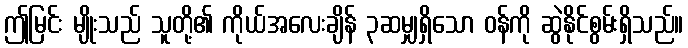
ဤမြင်း မျိုးသည် သူတို့၏ ကိုယ်အလေးချိန် ၃ဆမျှရှိသော ဝန်ကို ဆွဲနိုင်စွမ်းရှိသည်။